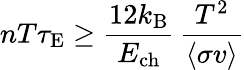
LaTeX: nT\tau_{\mathrm{{E}}}\geq{\frac{12k_{\mathrm{{B}}}}{E_{\mathrm{{ch}}}}}\, {\frac{T^{2}}{\langle\sigma v\rangle}}